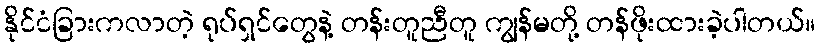
နိုင်ငံခြားကလာတဲ့ ရုပ်ရှင်တွေနဲ့ တန်းတူညီတူ ကျွန်မတို့ တန်ဖိုးထားခဲ့ပါတယ်။